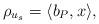
LaTeX: \begin{align*} \rho_{u_s} = \langle b_P, x \rangle,\end{align*}